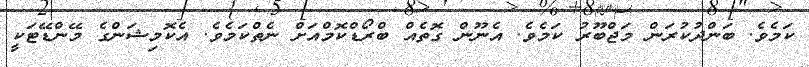
ކަމެވެ. ބަންދުކުރަން މަޖްބޫރު ކަމެވެ. އެނޫން ގޮތެއް ބްރޯޑްކޮމްއަށް ނެތްކަމެވެ. އެކޮމިޝަންގެ މޭންޑޭޓަކީ